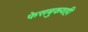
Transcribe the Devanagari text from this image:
फेसबुकवही